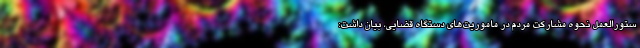
ستورالعمل نحوه مشارکت مردم در ماموریت‌های دستگاه قضایی، بیان داشت: